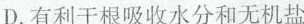
D.有利于根吸收水分和无机盐